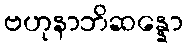
ဗဟုနာဘိဆန္နော